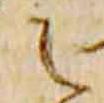
之